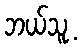
ဘယ်သူ့